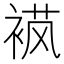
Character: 𬡟